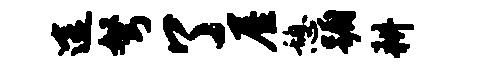
途弩了屋憩蹰耕